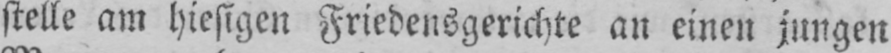
stelle am hiesigen Friedensgerichte an einen jungen